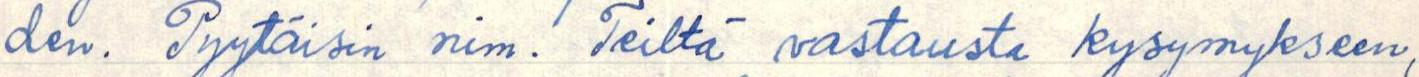
den. Pyytäisin nim. Teiltä vastausta kysymykseen,